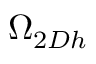
\Omega _ { 2 D h }